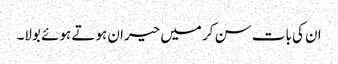
ان کی بات سن کر میں حیران ہوتے ہوئے بولا۔